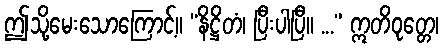
ဤသို့မေးသောကြောင့်။ “နိဋ္ဌိတံ၊ ပြီးပါပြီ။ ...” ဣတိဝုတ္တေ၊